Scottish Leaving Certificate Examination, 1957
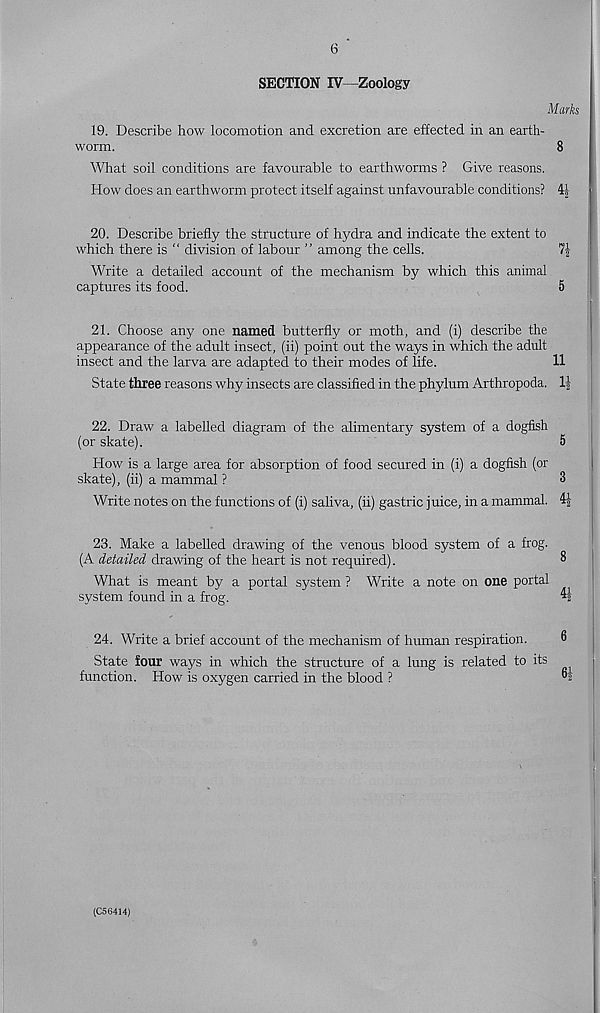
6
SECTION IV—Zoology
Marks
19. Describe how locomotion and excretion are effected in an earth-
worm.
8
What soil conditions are favourable to earthworms ? Give reasons.
How does an earthworm protect itself against unfavourable conditions? 4i
20. Describe briefly the structure of hydra and indicate the extent to
which there is “ division of labour ” among the cells.
7^
Write a detailed account of the mechanism by which this animal
captures its food.
5
21. Choose any one named butterfly or moth, and (i) describe the
appearance of the adult insect, (ii) point out the ways in which the adult
insect and the larva are adapted to their modes of life.
11
State three reasons why insects are classified in the phylum Arthropoda. 1\
22. Draw a labelled diagram of the alimentary system of a dogfish
(or skate).
5
How is a large area for absorption of food secured in (i) a dogfish (or
skate), (ii) a mammal ?
3
Write notes on the functions of (i) saliva, (ii) gastric juice, in a mammal. 4|
23. Make a labelled drawing of the venous blood system of a frog.
(A detailed drawing of the heart is not required).
3
What is meant by a portal system ? Write a note on one portal
system found in a frog.
ty
24. Write a brief account of the mechanism of human respiration.
State four ways in which the structure of a lung is related to its
function. How is oxygen carried in the blood ?
”5
(C56414)